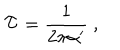
\mathcal { T } = \frac { 1 } { 2 \pi \alpha ^ { \prime } } \ ,